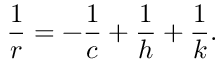
\displaystyle { \frac { 1 } { r } } = - { \frac { 1 } { c } } + { \frac { 1 } { h } } + { \frac { 1 } { k } } .